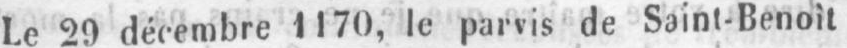
le parvis de Saint-Benoit